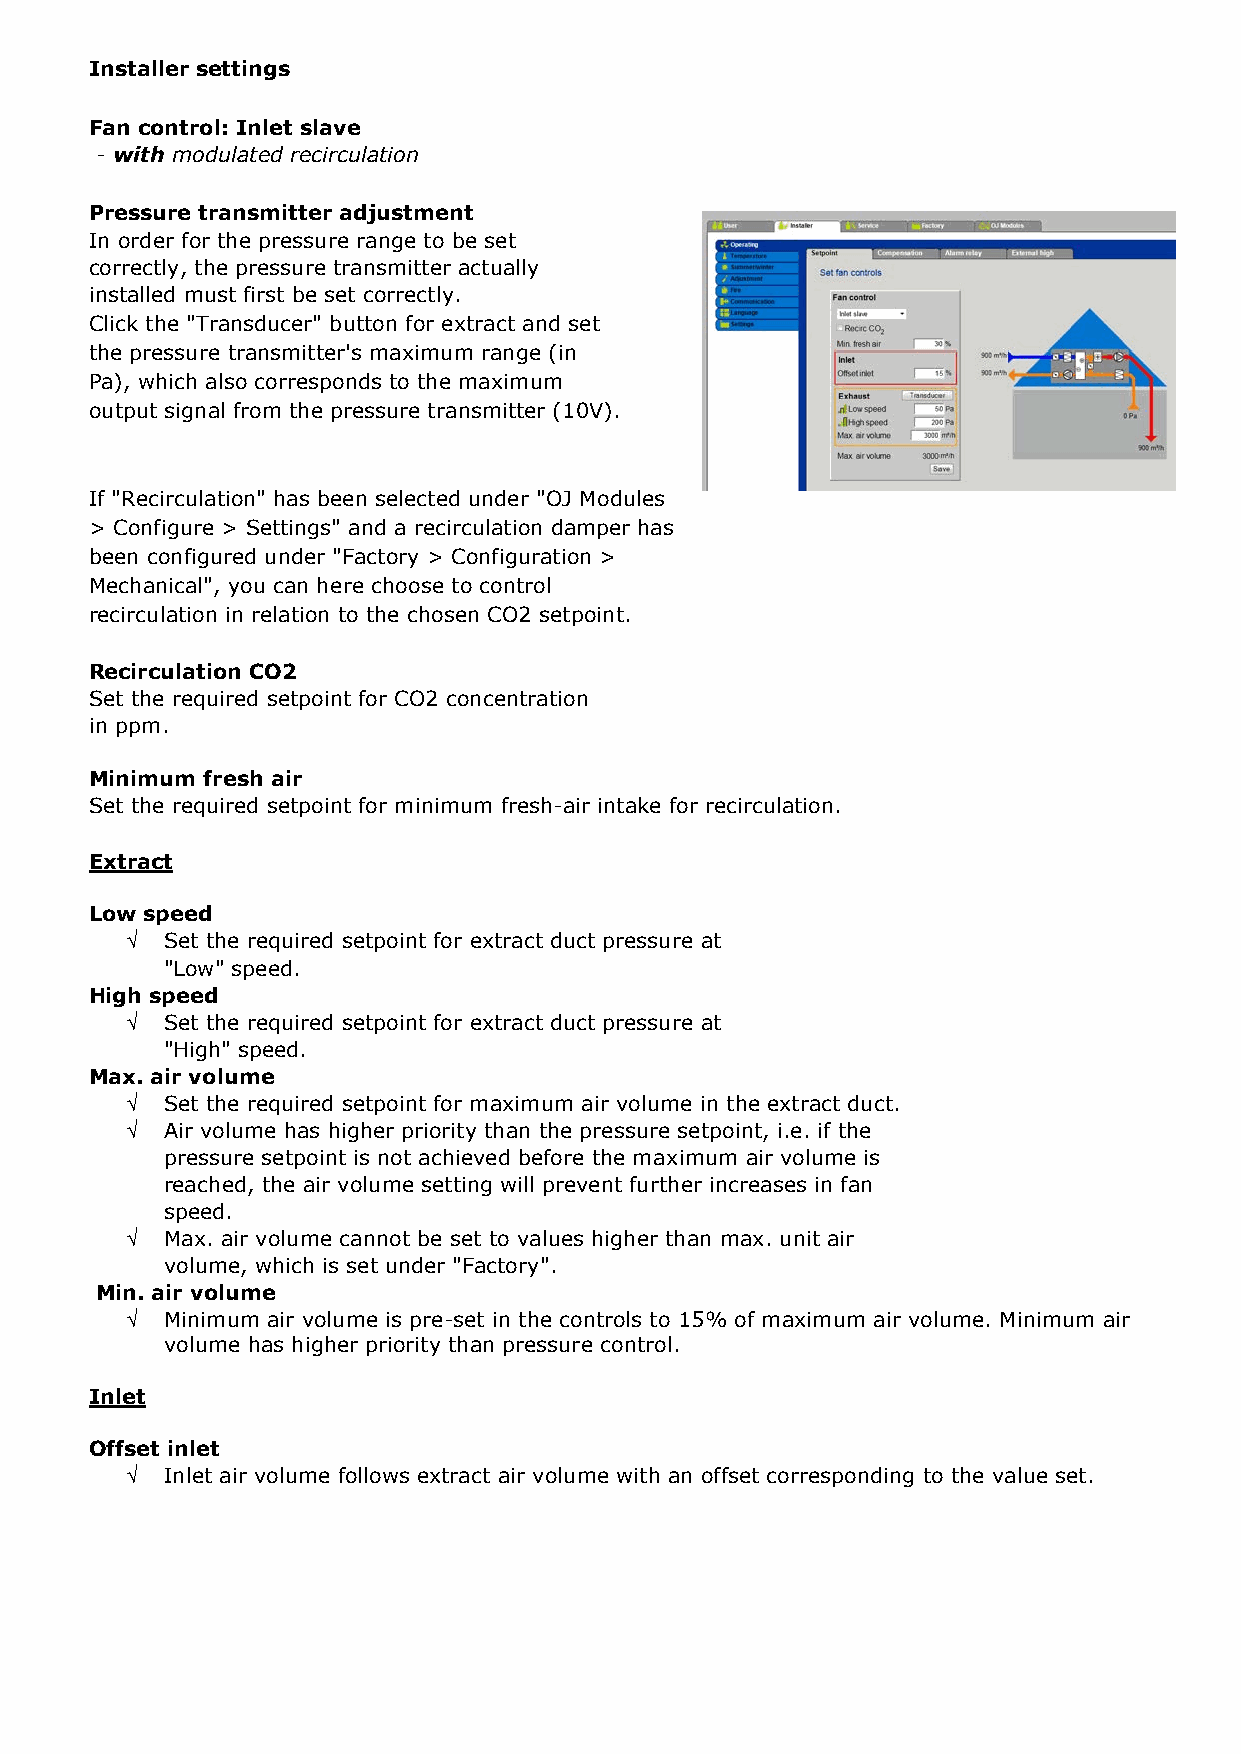
Installer settings Installer settings
 Fan control: Inlet slave Fan control: Inlet slave
 - without modulated recirculation - with modulated recirculation
 Pressure transmitter adjustment Pressure transmitter adjustment
 In order for the pressure range to be set correctly, In order for the pressure range to be set
 the pressure transmitter actually installed must first correctly, the pressure transmitter actually
 be set correctly. installed must first be set correctly.
 Click the "Transducer" button for inlet and extract Click the "Transducer" button for extract and set
 respectively and set the pressure transmitter's the pressure transmitter's maximum range (in
 maximum range (in Pa), which also corresponds to Pa), which also corresponds to the maximum
 the maximum output signal from the pressure output signal from the pressure transmitter (10V).
 transmitter (10V).
 Extract If "Recirculation" has been selected under "OJ Modules
 > Configure > Settings" and a recirculation damper has
 Low speed
 been configured under "Factory > Configuration >
 √ Set the required setpoint for extract duct pressure at
 Mechanical", you can here choose to control
 "Low" speed.
 recirculation in relation to the chosen CO2 setpoint.
 High speed
 √ Set the required setpoint for extract duct pressure at
 Recirculation CO2
 "High" speed.
 Set the required setpoint for CO2 concentration
 Max. air volume
 in ppm.
 √ Set the required setpoint for maximum air volume in the extract duct.
 √ Air volume has higher priority than the pressure setpoint, i.e. if the
 Minimum fresh air
 pressure setpoint is not achieved before the maximum air volume is
 Set the required setpoint for minimum fresh-air intake for recirculation.
 reached, the air volume setting will prevent further increases in fan
 speed.
 Extract
 √ Max. air volume cannot be set to values higher than max. unit air
 volume, which is set under "Factory".
 Low speed
 Min. air volume
 √  Set the required setpoint for extract duct pressure at
 √ Minimum air volume is pre-set in the controls to 15% of maximum air volume. Minimum air
 "Low" speed.
 volume has higher priority than pressure control.
 High speed
 √  Set the required setpoint for extract duct pressure at
 Extract
 "High" speed.
 Max. air volume
 Offset inlet
 √  Set the required setpoint for maximum air volume in the extract duct.
 √ Inlet air volume follows extract air volume with an offset corresponding to the value set.
 √  Air volume has higher priority than the pressure setpoint, i.e. if the
 pressure setpoint is not achieved before the maximum air volume is
 reached, the air volume setting will prevent further increases in fan
 speed.
 √  Max. air volume cannot be set to values higher than max. unit air
 volume, which is set under "Factory".
 Min. air volume
 √  Minimum air volume is pre-set in the controls to 15% of maximum air volume. Minimum air
 volume has higher priority than pressure control.
 Inlet
 Offset inlet
 √  Inlet air volume follows extract air volume with an offset corresponding to the value set.